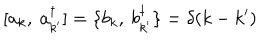
LaTeX: [ a _ { k } , ~ a _ { k ^ { \prime } } ^ { \dagger } ] = \{ b _ { k } , ~ b _ { k ^ { \prime } } ^ { \dagger } \} = \delta ( k - k ^ { \prime } )